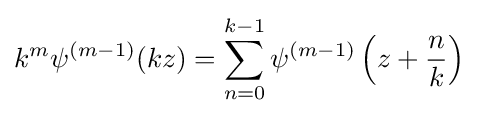
k^{m}\psi ^{(m-1)}(kz)=\sum _{n=0}^{k-1}\psi ^{(m-1)}\left(z+{\frac {n}{k}}\right)